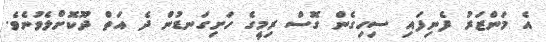
އެ މަންޒަރު ފެނިފައި ސިހިގެން ގޮސް ރިމީގެ ހަށިގަނޑުން ދެ އަތް ދޫކޮށްލެވުނެވެ.